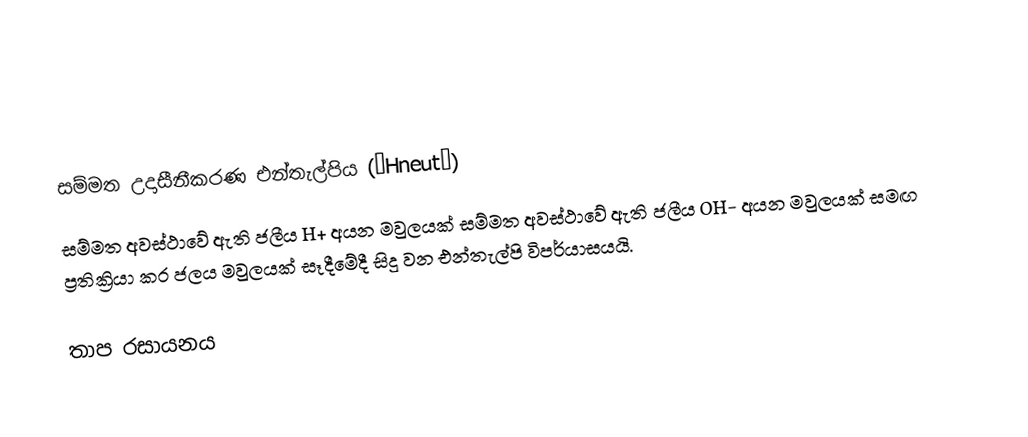

සම්මත උදාසීනීකරණ එන්තැල්පිය (∆Hneut∅)
සම්මත අවස්ථාවේ  ඇති ජලීය H+ අයන මවුලයක් සම්මත අවස්ථාවේ ඇති ජලීය OH- අයන මවුලයක් සමඟ ප්‍රතික්‍රියා කර ජලය මවුලයක් සෑදීමේදී සිදු වන එන්තැල්පි විපර්යාසයයි.

තාප රසායනය